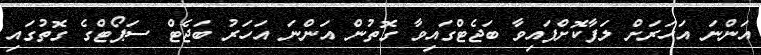
އަންނަ އަހަރަށް ލަފާކޮށްފައިވާ ބަޖެޓްގައިވާ ގޮތުން އަންނަ އަހަރު ބަޖެޓް ސަޕޯޓްގެ ގޮތުގައި